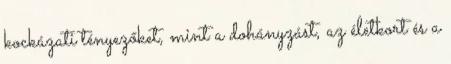
kockázati tényezőket, mint a dohányzást, az életkort és a